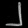
Digit: ၂